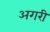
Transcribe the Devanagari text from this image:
अगरी